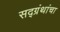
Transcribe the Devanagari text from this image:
सद्ग्रंथांचा